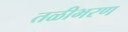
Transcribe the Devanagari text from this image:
तळीभरण